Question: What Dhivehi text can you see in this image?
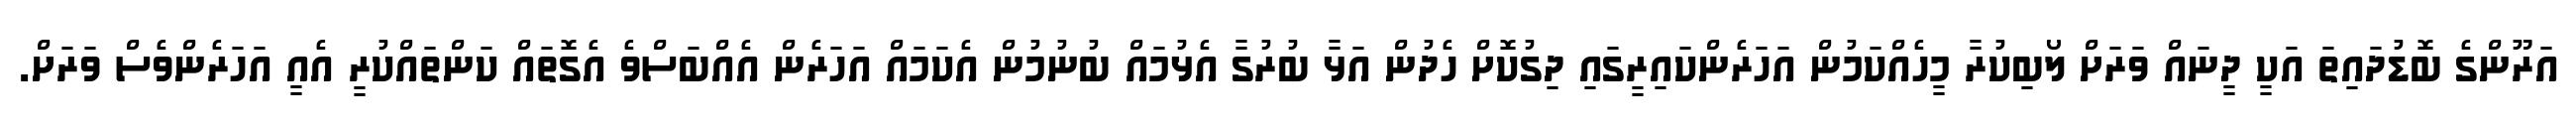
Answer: އަރޫންގެ ބޮޑުދައިތަ އަކީ ދީނައް ވަރަށް ލޯބިކުރާ މީހެއްކަމުން އަހަރެންކައިރީގައި ދިގުކޮށް ހެދުން އަޅާ ބުރުގާ އެޅުމައް ބުނުމުން އެކަމައް އަހަރެން އެއްބަސްވެ އެގޮތައް ކަންތައްކުރީ އެއީ އަހަރެންވެސް ވަރަށް.